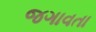
જગાવતા